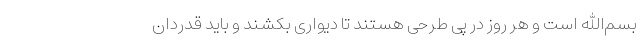
بسم‌الله است و هر روز در پی طرحی هستند تا دیواری بکشند و باید قدردان